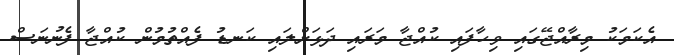
އެކަމަކު މިރާއްޖޭގައި ވިހާފައި ކުއްޖާ މަރައި ދަޅަށްލައި ކަނޑު ފެއްތުމުން ކުއްޖާ ފެނުނަސް